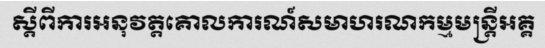
ស្តីពីការអនុវត្តគោលការណ៍សមាហរណកម្មមន្ត្រីអគ្គ